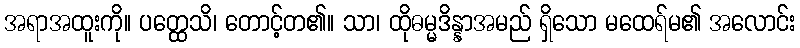
အရာအထူးကို။ ပတ္ထေသိ၊ တောင့်တ၏။ သာ၊ ထိုဓမ္မဒိန္နာအမည် ရှိသော မထေရ်မ၏ အလောင်း